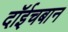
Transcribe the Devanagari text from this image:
दॉईचबान